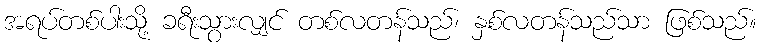
အရပ်တစ်ပါးသို့ ခရီးသွားလျှင် တစ်လတန်သည်၊ နှစ်လတန်သည်သာ ဖြစ်သည်။